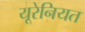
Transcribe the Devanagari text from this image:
यूरेनियत